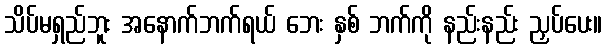
သိပ်မရှည်ဘူး အနောက်ဘက်ရယ် ဘေး နှစ် ဘက်ကို နည်းနည်း ညှပ်ပေး။